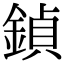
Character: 鍞